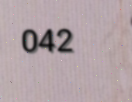
042